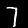
Label: 7